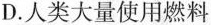
D. 人类大量使用燃料